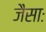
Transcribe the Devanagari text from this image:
जैसाः